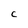
Character: C